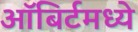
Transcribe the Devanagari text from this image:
ऑबिर्टमध्ये